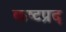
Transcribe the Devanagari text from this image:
कष्‍टप्रद